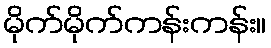
မိုက်မိုက်ကန်းကန်း။